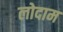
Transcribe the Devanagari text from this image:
लोदाम